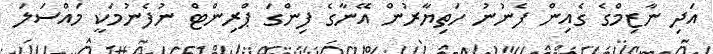
އަދި ނާޒިމްގެ ގެއިން ފެނުނު ހަތިޔާރުން އޭނާގެ ފިންގަ ޕްރިންޓް ނުފެނުމަކީ މައްސަލަ